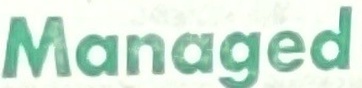
Managed